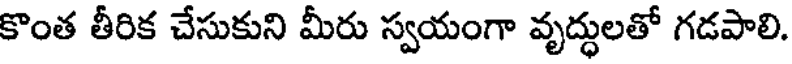
కొంత తీరిక చేసుకుని మీరు స్వయంగా వృద్ధులతో గడపాలి.